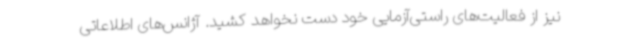
نیز از فعالیت‌های راستی‌آزمایی خود دست نخواهد کشید. آژانس‌های اطلاعاتی